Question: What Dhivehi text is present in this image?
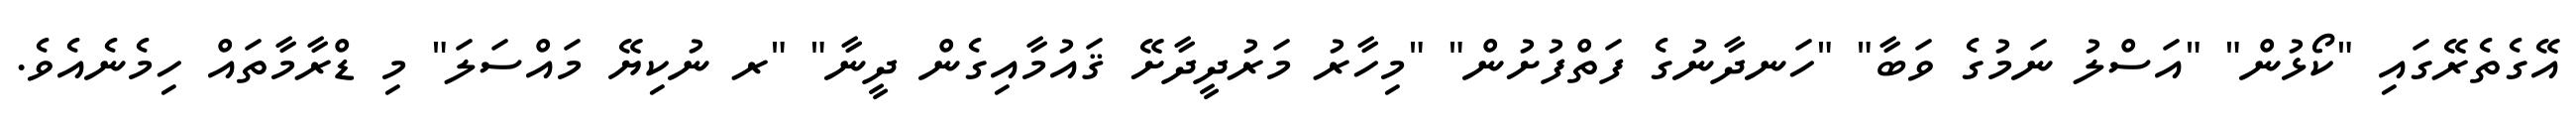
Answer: އޭގެތެރޭގައި "ކޯޅުން" "އަސްލު ނަމުގެ ވަބާ" "ހަނދާނުގެ ފަތްފުށުން" "މިހާރު މަރުދީދާށޭ ޤައުމާއިގެން ދީނާ" "ރ ނުކިޔޭ މައްސަލަ" މި ޑްރާމާތައް ހިމެނެއެވެ.